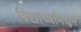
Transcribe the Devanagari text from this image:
विद्यार्थ्यांमधून